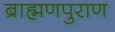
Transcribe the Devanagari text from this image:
ब्राह्मणपुराण